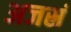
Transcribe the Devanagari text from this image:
अजस्रं